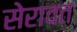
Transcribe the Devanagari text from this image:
सेरावत